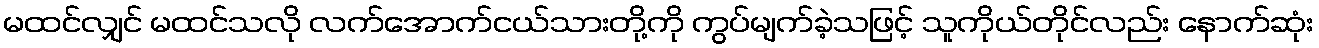
မထင်လျှင် မထင်သလို လက်အောက်ငယ်သားတို့ကို ကွပ်မျက်ခဲ့သဖြင့် သူကိုယ်တိုင်လည်း နောက်ဆုံး